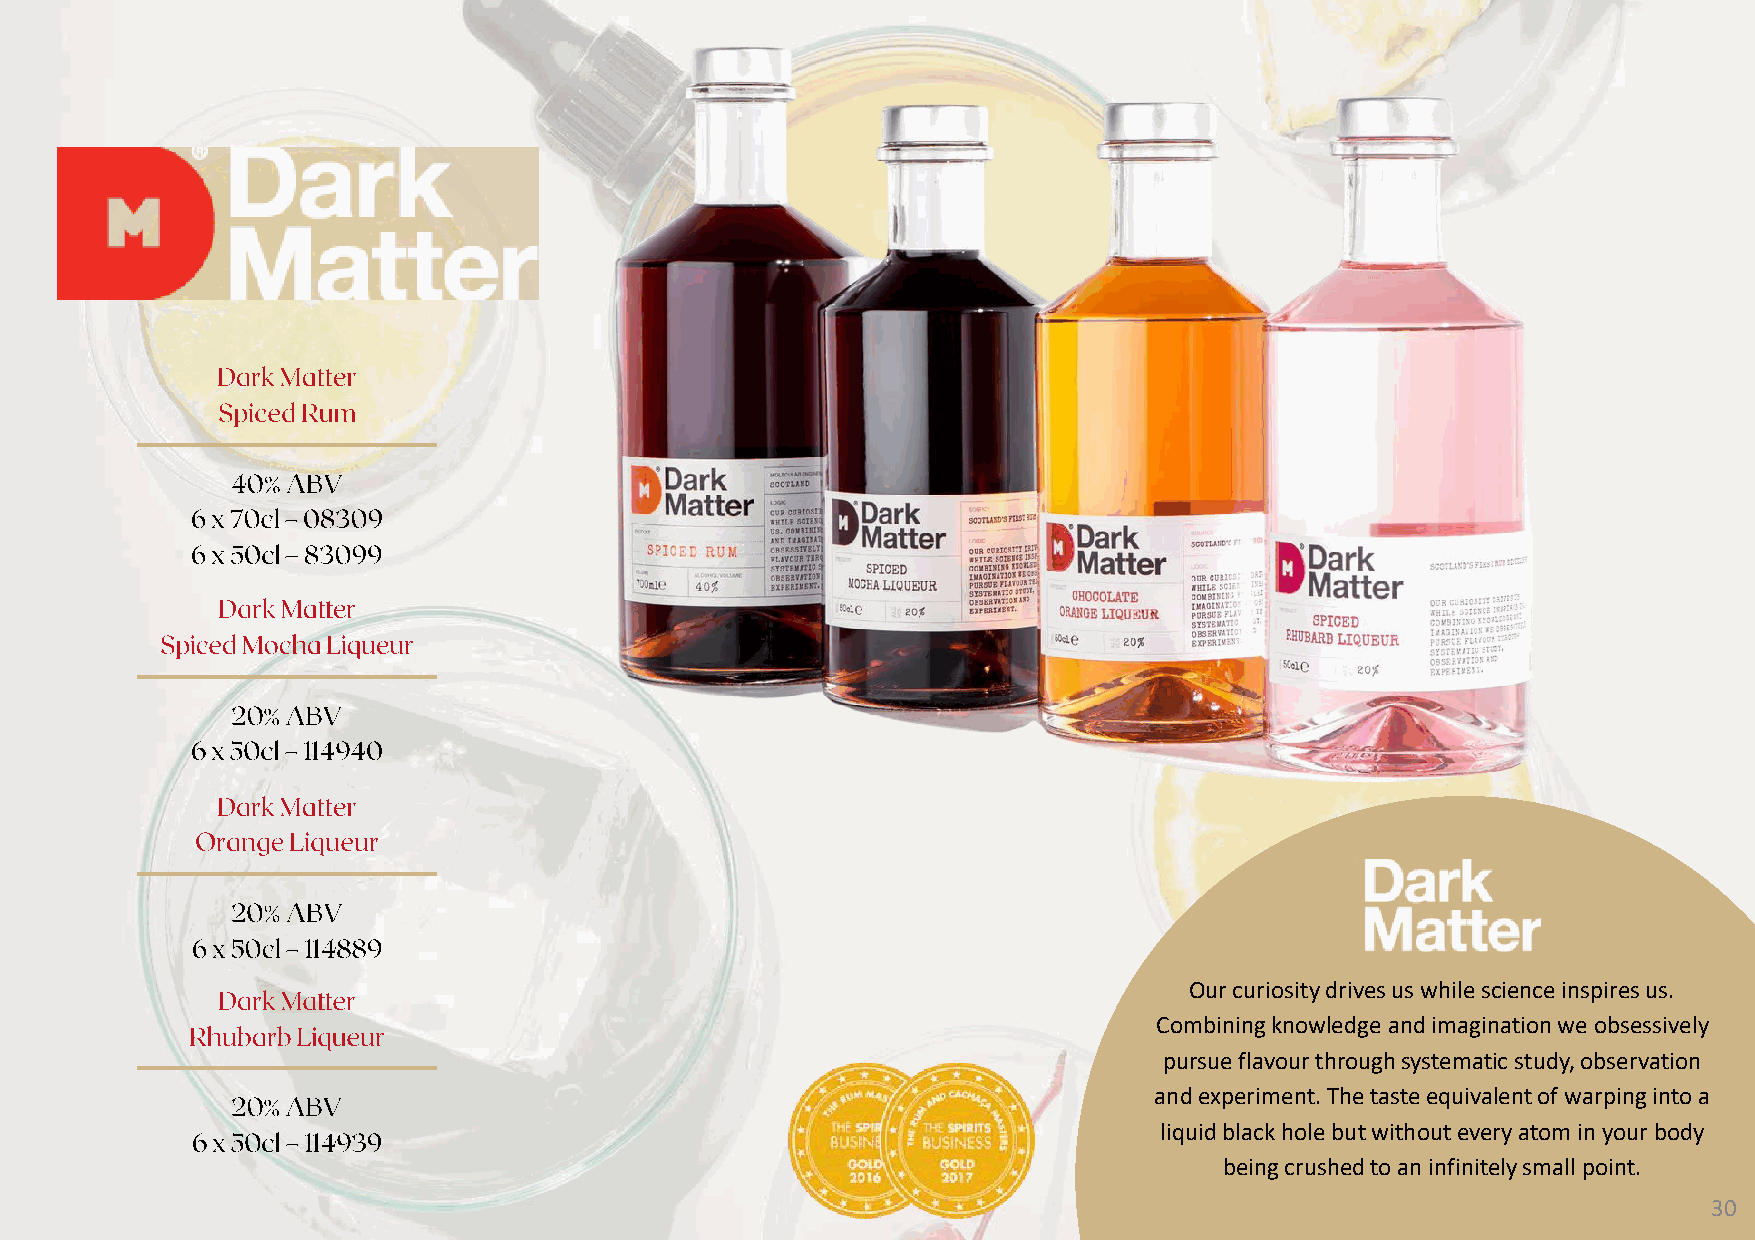
Our curiosity drives us while science inspires us.
 Combining knowledge and imagination we obsessively
 pursue flavour through systematic study, observation
 and experiment. The taste equivalent of warping into a
 liquid black hole but without every atom in your body
 being crushed to an infinitely small point.
 30